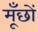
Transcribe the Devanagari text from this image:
मूँछों